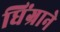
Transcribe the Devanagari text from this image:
धिंग्राने